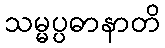
သမ္မပ္ပဓာနာတိ